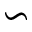
\backsim